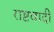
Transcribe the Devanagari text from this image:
राष्टवादी